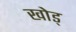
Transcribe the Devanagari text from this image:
खोड्